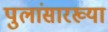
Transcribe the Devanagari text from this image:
पुलांसारख्या